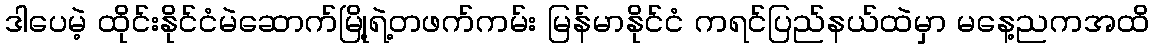
ဒါပေမဲ့ ထိုင်းနိုင်ငံမဲဆောက်မြို့ရဲ့တဖက်ကမ်း မြန်မာနိုင်ငံ ကရင်ပြည်နယ်ထဲမှာ မနေ့ညကအထိ